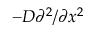
- D \partial ^ { 2 } / \partial x ^ { 2 }